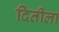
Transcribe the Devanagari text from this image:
दितीला